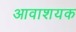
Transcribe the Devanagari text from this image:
आवाशयक